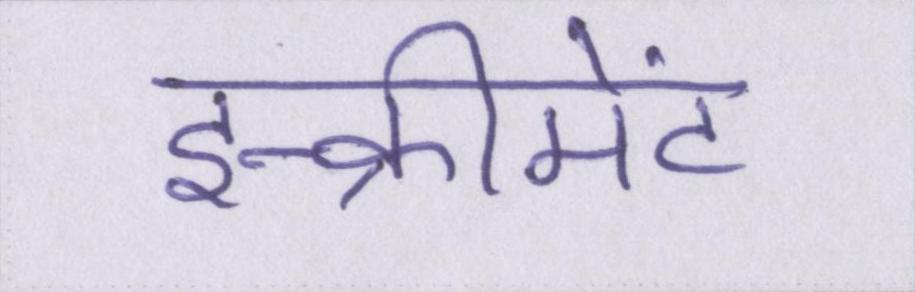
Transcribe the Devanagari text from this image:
इन्क्रीमेंट